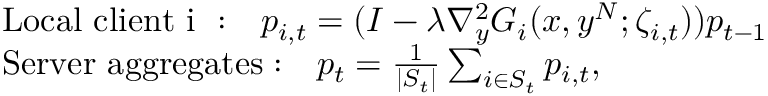
\begin{array} { r l } & { \mathrm { L o c a l ~ c l i e n t ~ i ~ : } \quad p _ { i , t } = ( I - \lambda \nabla _ { y } ^ { 2 } G _ { i } ( x , y ^ { N } ; \zeta _ { i , t } ) ) p _ { t - 1 } } \\ & { \mathrm { S e r v e r ~ a g g r e g a t e s : } \quad p _ { t } = \frac { 1 } { | S _ { t } | } \sum _ { i \in S _ { t } } p _ { i , t } , } \end{array}